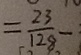
= \frac { 2 3 } { 1 2 8 } -